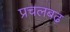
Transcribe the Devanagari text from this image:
प्रचलबढ़